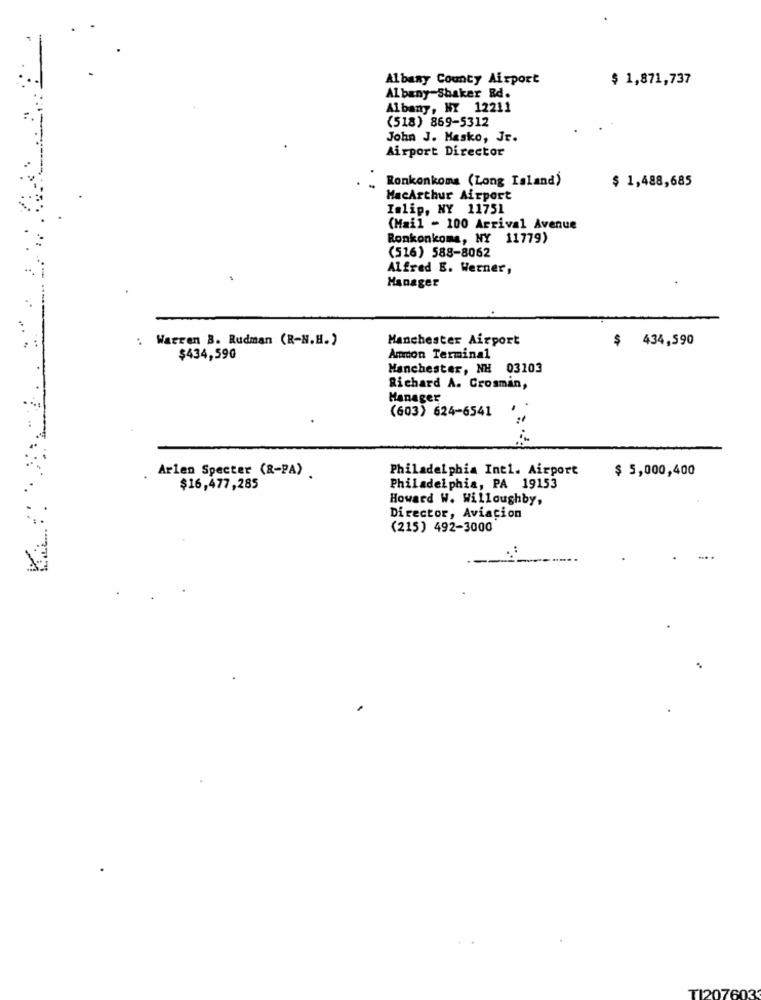
Albany County Airport
$ 1,871,737
Albany-Shaker Rd.
Albany, NY 12211
(518) 869-5312
John J. Masko, Jr.
Airport Director
Ronkonkoma (Long Island)
$ 1,488,685
MacArthur Airport
Islip, NY 11751
(Mail - 100 Arrival Avenue
Ronkonkoma, NY 11779)
(516) 588-8062
Alfred E. Werner,
Manager
: Warren B. Rudman (R-N.H.)
Manchester Airport
$ 434,590
$434,590
Ammon Terminal
Manchester, NH 03103
Richard A. Crosman,
Manager
(603) 624-6541
Philadelphia Int1. Airport
$ 5,000,400
Arlen Specter (R-PA)
$16,477,285
Philadelphia, PA 19153
Howard W. Willoughby,
Director, Aviation
(215) 492-3000
.
T12076033